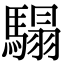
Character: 𩥑